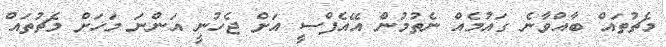
މެޗުތައް ބާއްވާނެ ގައުމެއް ނެތުމުން އޭއެފްސީ އަށް ޖެހުނީ އަންނަ މަހަށް މެޗުތައް